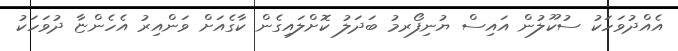
އެއްދުވަހަކު ސުކޫލުން އައިސް ޔުނިފޯރމު ބަދަލު ކޮށްލައިގެން ކާގެއަށް ވަންއިރު އެހެންޏާ ދުވަހަކު